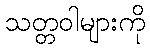
သတ္တဝါများကို